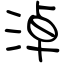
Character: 淖